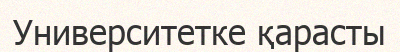
Университетке қарасты